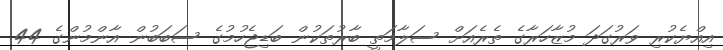
އިއްޔެކުރި ވަރުގަދަ މުޒާހަރާގެ ތެރެއަށް ސަލާމަތީ ބާރުތަކުން ބަޑިޖެހުމުގެ ސަބަބުން އާންމުންގެ 44